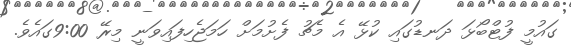
ގައުމީ ފުޓްބޯޅަ ދަނޑުގައި ކުޅޭ އެ މެޗު ފެށުމަށް ހަމަޖެހިފައިވަނީ މިރޭ 9:00ގައެވެ.